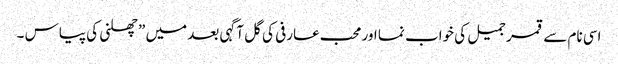
اسی نام سے قمر جمیل کی خواب نما اور محب عارفی کی گل آگہی بعد میں ” چھلنی کی پیاس ۔